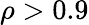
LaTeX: \rho>0.9